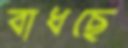
বাধছে